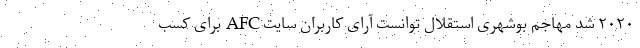
۲۰۲۰ شد مهاجم بوشهری استقلال توانست آرای کاربران سایت AFC برای کسب